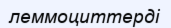
леммоциттерді